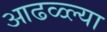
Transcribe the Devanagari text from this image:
आढळ्ल्या